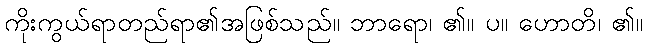
ကိုးကွယ်ရာတည်ရာ၏အဖြစ်သည်။ ဘာရော၊ ၏။ ပ။ ဟောတိ၊ ၏။